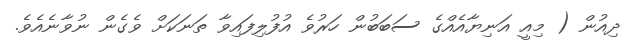
ދިއުން ( މިއީ އަނިޔާއެއްގެ ސަބަބުން ހަރުވެ އުފުލިފައިވާ ތަނަކަށް ވެގެން ނުވާނެއެވެ.